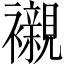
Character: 襯